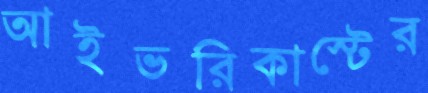
আইভরিকাস্টের